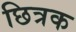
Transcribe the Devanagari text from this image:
छित्रक